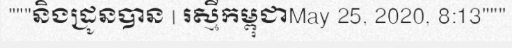
"""និងដ្រូនបាន | រស្មីកម្ពុជាMay 25, 2020, 8:13"""